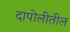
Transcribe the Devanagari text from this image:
दापोलीतील